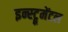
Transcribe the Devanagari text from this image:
इन्स्ट्रूमेंटल